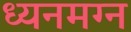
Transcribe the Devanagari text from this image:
ध्‍यनमग्‍न